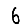
Digit: 6